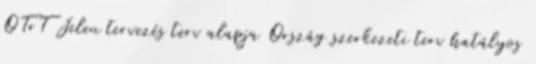
OTrT Jelen tervezés terv alapja Ország szerkezeti terv hatályos